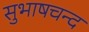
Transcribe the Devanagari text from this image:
सुभाषचन्द